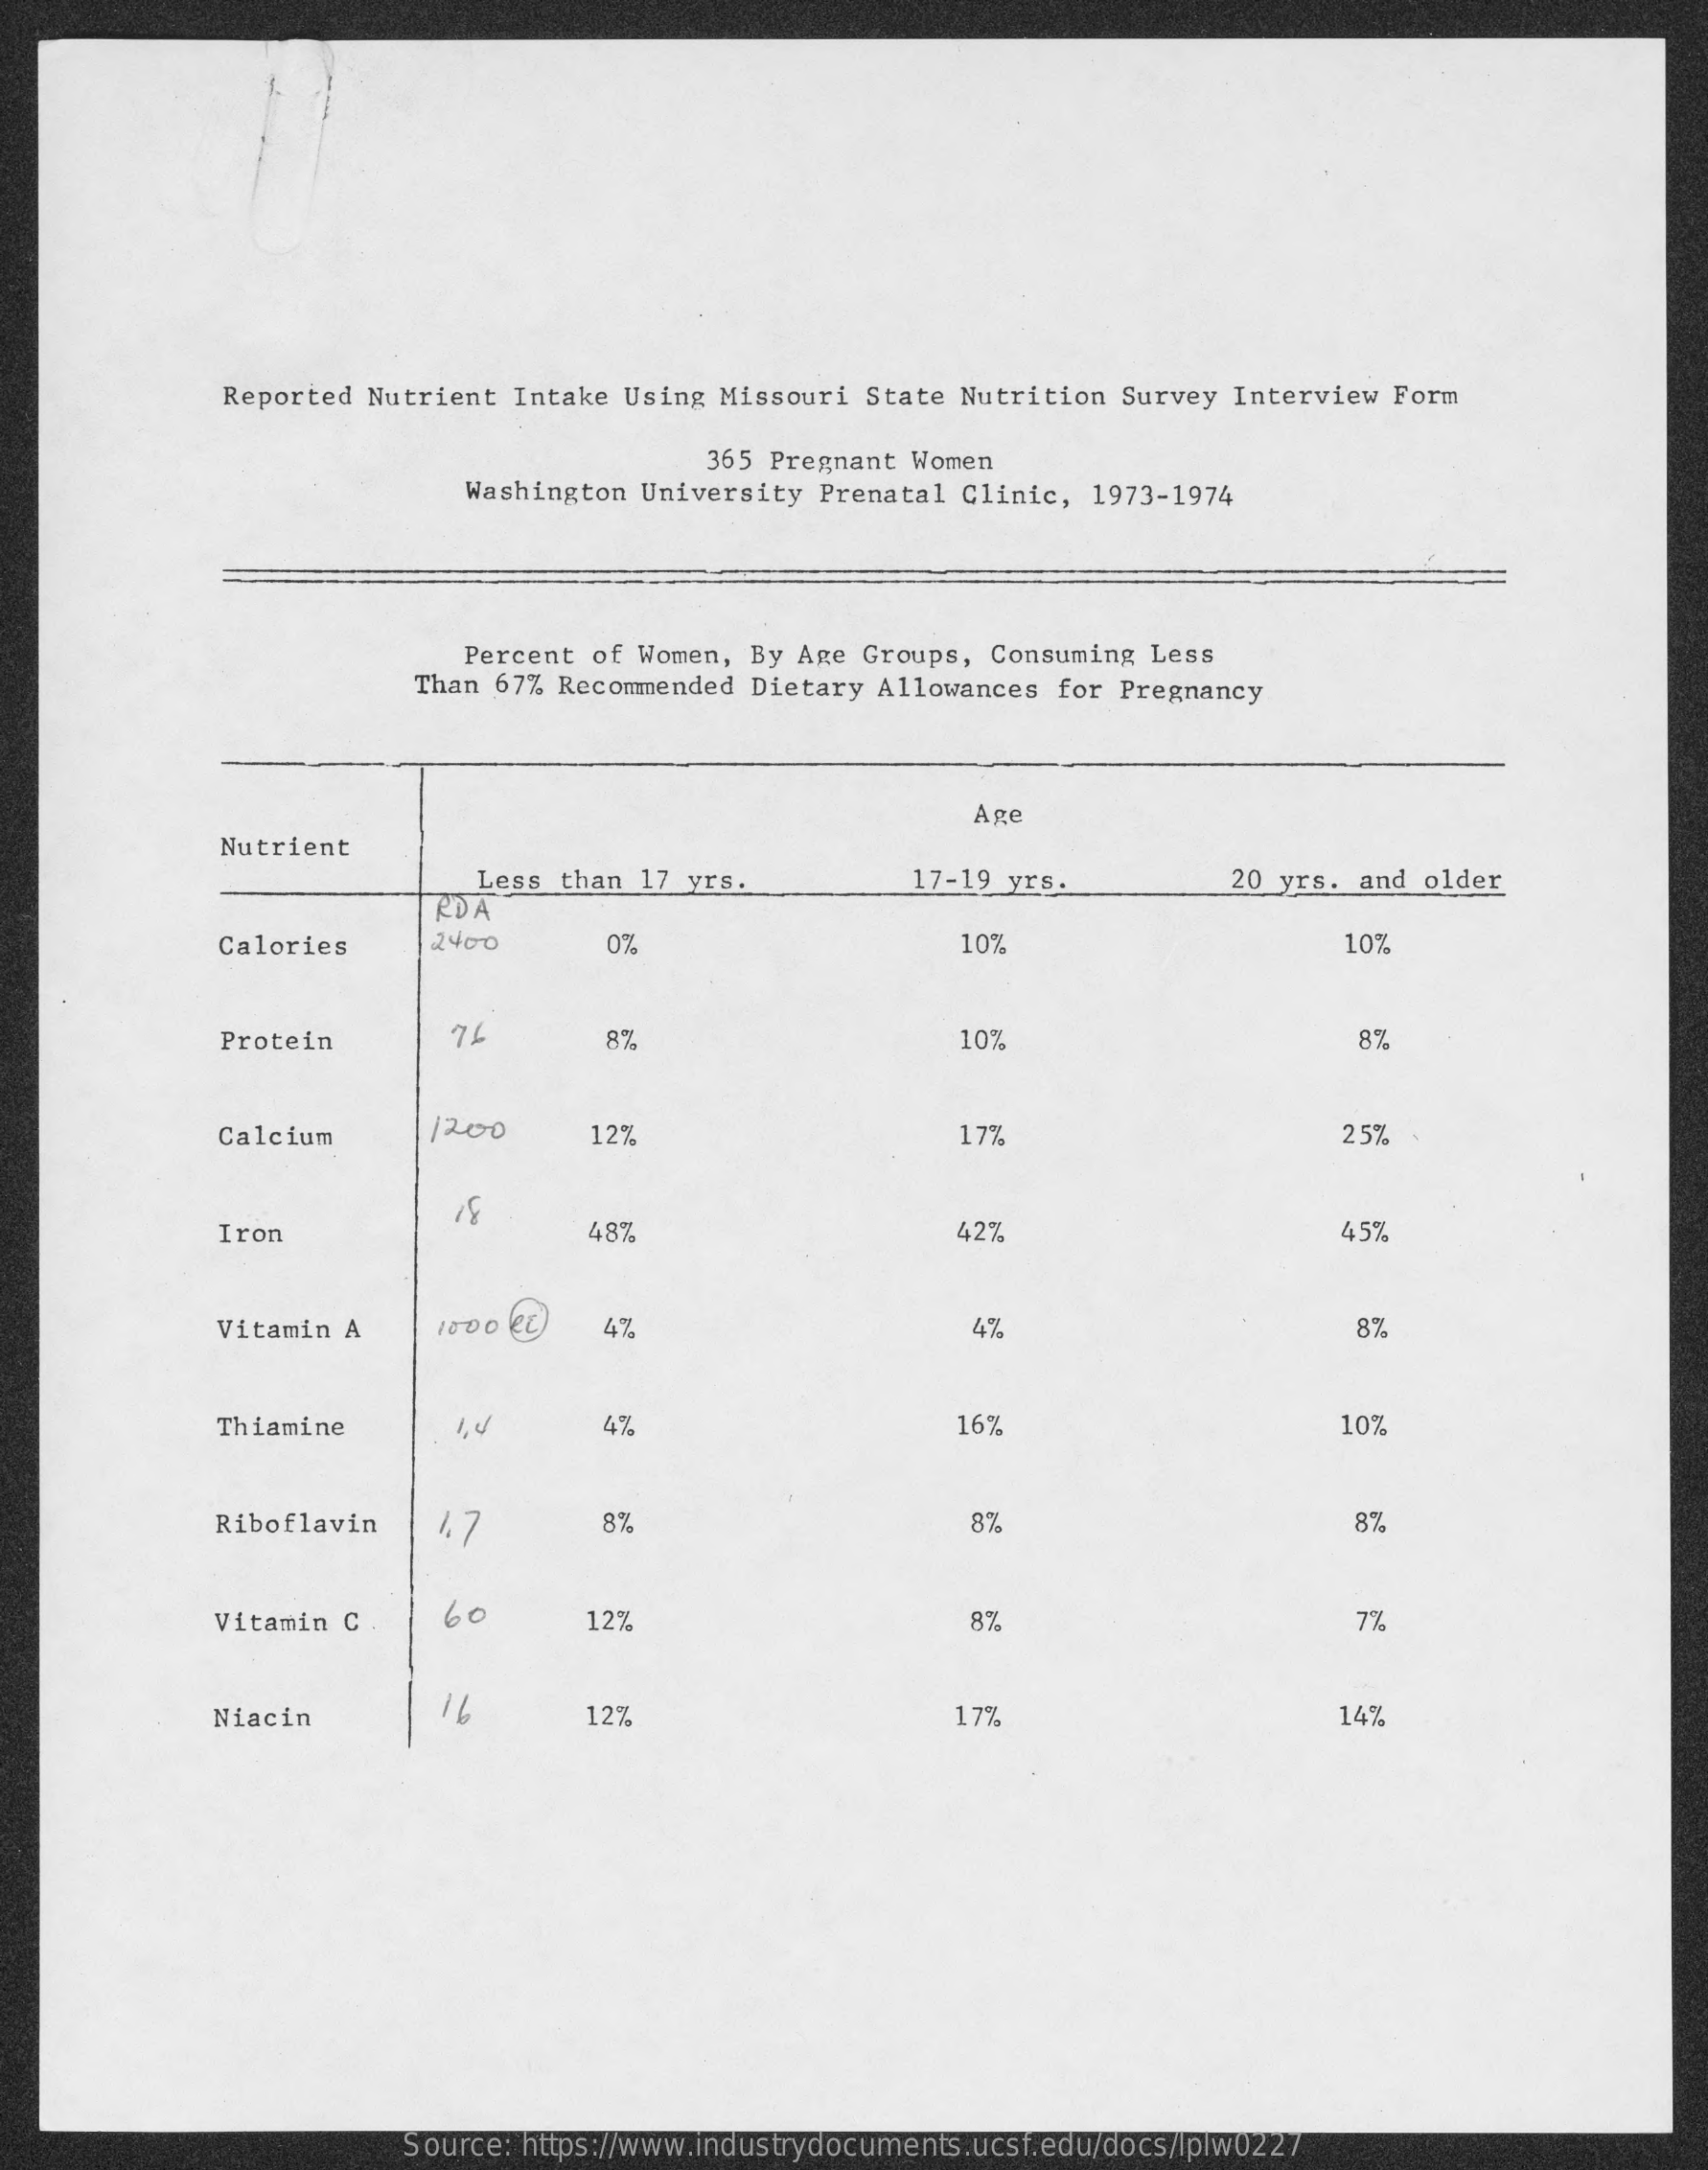
Reported Nutrient Intake Using Missouri State Nutrition Survey Interview Form
     365 Pregnant Women
     Washington University Prenatal Clinic, 1973-1974
     Percent of Women, By Age Groups, Consuming Less
     Than 67% Recommended Dietary Allowances for Pregnancy
     Age
     Nutrient
     Less than 17 yrs.    17-19 yrs.    20 yrs. and older
     eDA
     Calories    2400    0%    10%    10%
     Protein    76    8%    10%    3%
     Calcium    1200    12%    17%    25% .
     Iron    48%    427    45%
     Vitamin A   1000 ec  4%    4%    8%
     Thiamine    1, 4    4%    16%    10%
     Riboflavin  1,7    8%    8%    8%
     Vitamin C   60    12%    8%    7%
     Niacin    12%    17%    14%
     Source: https://www.industrydocuments.ucsf.edu/docs/lplw0227